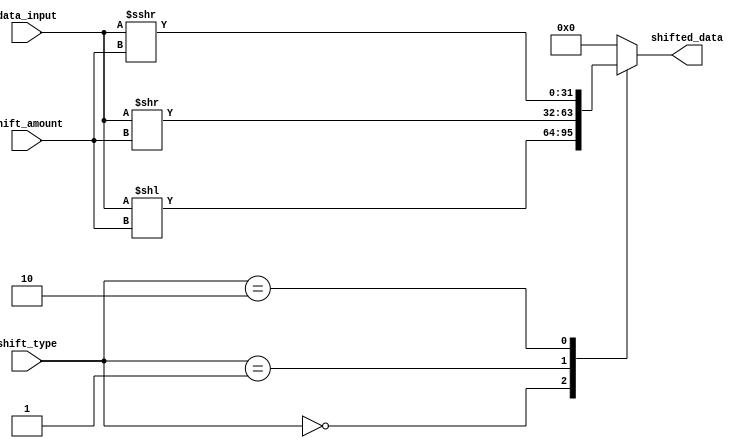
module barrel_shifter (
    input [31:0] data_input,
    input [4:0] shift_amount,
    input [1:0] shift_type,
    output reg [31:0] shifted_data
);

always @* begin
    case (shift_type)
        2'b00: shifted_data = data_input << shift_amount; // Logical left shift
        2'b01: shifted_data = data_input >> shift_amount; // Logical right shift
        2'b10: shifted_data = $signed(data_input) >>> shift_amount; // Arithmetic right shift with sign extension
        default: shifted_data = 32'h0; // Default case
    endcase
end

endmodule